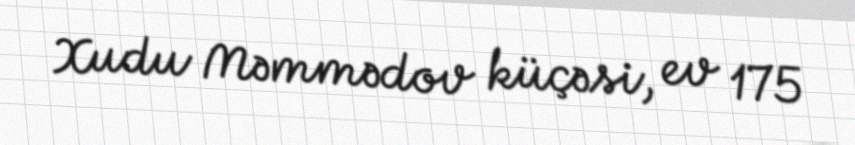
Xudu Məmmədov küçəsi, ev 175